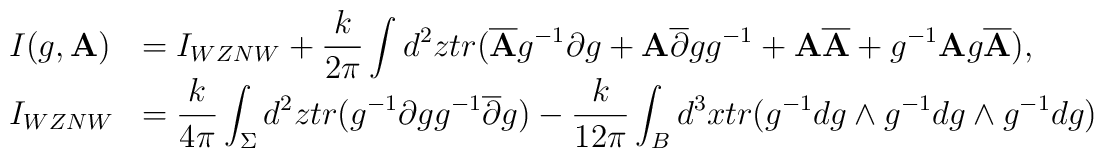
\begin{array}{ll}I(g,{\bf A)} & {\displaystyle =I_{WZNW} + \frac {k} {2 \pi } \int d^2 ztr (\overline {\bf A} g^{-1} \partial g +{\bf A}\overline { \partial } g g^{-1} +  {\bf A}\overline {\bf A}+ g^{-1}{\bf A}g \overline {\bf A} ),} \\I_{WZNW} & {\displaystyle = \frac {k}{4 \pi} \int _ \Sigma d^2ztr (g^{-1} \partial g g^{-1} \overline {\partial }g )-\frac {k}{12 \pi} \int _B d^3x tr (g^{-1} dg \wedge g^{-1} dg\wedge g^{-1}dg)}\\\end{array}